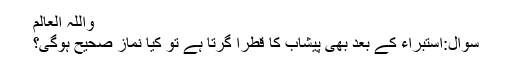
واللہ العالم
سوال:استبراء کے بعد بھی پیشاب کا قطرا گرتا ہے تو کیا نماز صحیح ہوگی؟